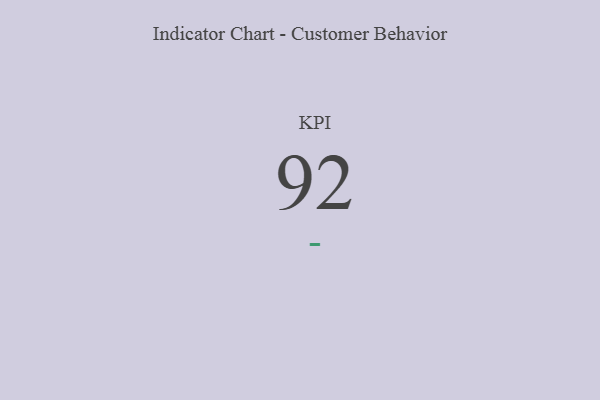
{"axis": {"x": "KPI", "y": "Value"}, "legend": [""], "data": [{"x": "KPI", "y": 92, "type": ""}]}